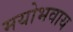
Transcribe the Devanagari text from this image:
मयोभवाय